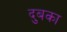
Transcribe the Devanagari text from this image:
दुबका